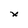
Character: x